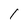
Character: 1